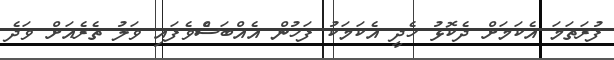
ފުރަތަމަ އެކަމަށް ދެކޮޅު ހެދީ އެކަމަކު ފަހުން އެއްބަސްެވެފައި ވަލު ތެރެއަށް ވަދެ